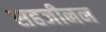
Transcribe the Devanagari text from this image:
सहजीनन